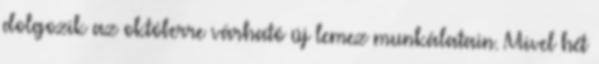
dolgozik az októberre várható új lemez munkálatain. Mivel hét